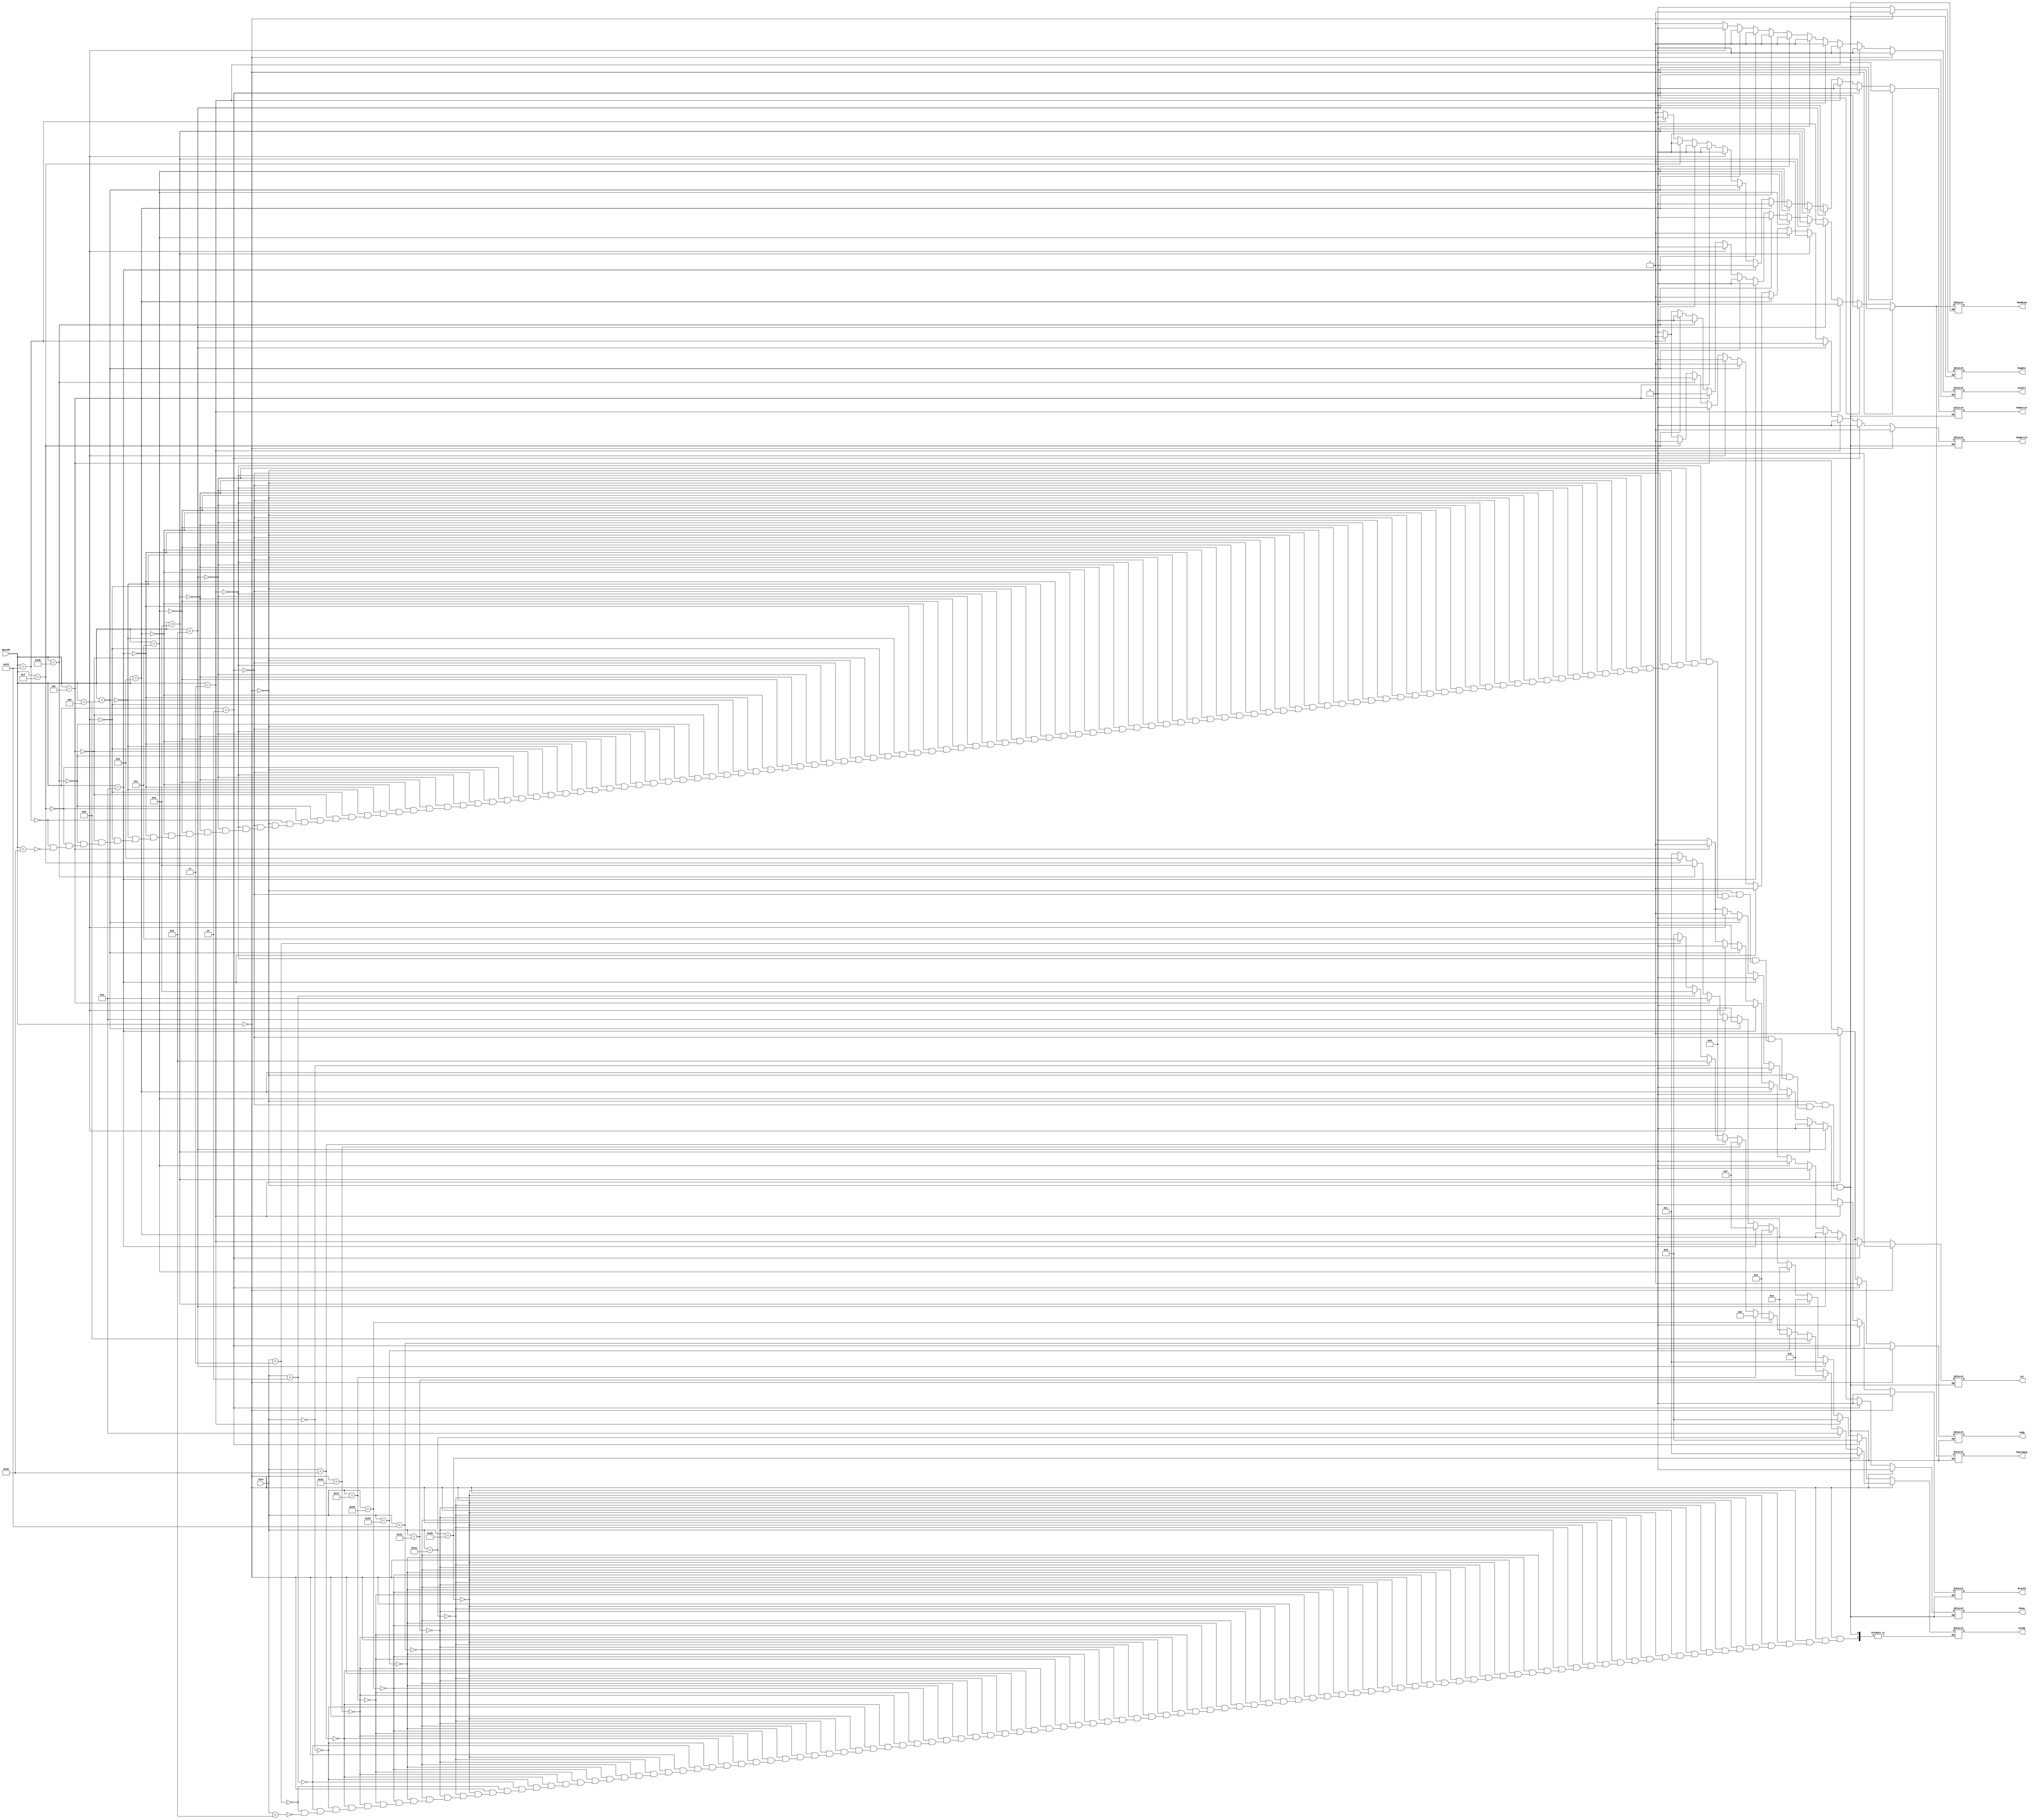
module main_control
(
	input [5:0] Opcode, func,
	output reg RegDst, RegWrite, MemRead, MemtoReg, MemWrite, ALUSrc, Branch, Jump, Jal, Bneq,
	output reg [3:0] ALUOp
);
	
// This module is used for generating control signals for different instructions performed by the processor  	
	
	always @ (*) begin
	
		// R-type 
		if (Opcode == 6'b000000) begin		
			RegDst = 1'b1;
			RegWrite = 1'b1;
			MemRead = 1'b0;
			MemtoReg = 1'b0;
			MemWrite = 1'b0;
			ALUSrc = 1'b0;
			Branch = 1'b0;
			Jump = 1'b0;
			Jal = 1'b0;
			Bneq = 1'b0;
				
			if (func == 6'b100000)
				ALUOp = 4'b0001; 
				// add 
			else if (func == 6'b100010)
				ALUOp = 4'b1010; 
				// sub
			else if (func == 6'b100001) 
				ALUOp = 4'b0010; 
				// addu
			else if (func == 6'b100011) 
				ALUOp = 4'b1011;
				// subu
			else if (func == 6'b100100)
				ALUOp = 4'b0011; 
				// and	
			else if (func == 6'b100101) 
				ALUOp = 4'b0100; 
				// or
			else if (func == 6'b100111) 
				ALUOp = 4'b0101; 
				// nor 
			else if (func == 6'b101010) 
				ALUOp = 4'b0111; 
				// slt
			else if (func == 6'b101011) 
				ALUOp = 4'b0110; 
				// sltu
			else if (func == 6'b000000)
				ALUOp = 4'b1000;  
				// sll
			else if (func == 6'b000010) 
				ALUOp = 4'b1001;  
				// srl	 
			else if (func == 6'b000011)
				ALUOp = 4'b1100;
				// sra
			else if (func == 6'b001000) 
				ALUOp = 4'b0000; 
				// jr
		end
		
		// Jump(J-type)
		else if (Opcode == 6'b000010) begin
			RegDst = 1'b0;
			RegWrite = 1'b0;
			MemRead = 1'b0;
			MemtoReg = 1'b0;
			MemWrite = 1'b0;
			ALUSrc = 1'b0;
			ALUOp = 4'b0000;
			Branch = 1'b0;
			Jump = 1'b1;
			Jal = 1'b0;
			Bneq = 1'b0;
		end
		
		// Jal (J-type)
		else if (Opcode == 6'b000011) begin
			RegDst = 1'b0;
			RegWrite = 1'b0;
			MemRead = 1'b0;
			MemtoReg = 1'b0;
			MemWrite = 1'b0;
			ALUSrc = 1'b0;
			ALUOp = 4'b0000;
			Branch = 1'b0;
			Jump = 1'b1;
			Jal = 1'b1;
			Bneq = 1'b0;
		end
		
		// I-Type Instructions
		
		// addi 
		else if (Opcode == 6'b001000) begin
			RegDst = 1'b0;
			RegWrite = 1'b1;
			MemRead = 1'b0;
			MemtoReg = 1'b0;
			MemWrite = 1'b0;
			ALUSrc = 1'b1;
			ALUOp = 4'b0001;
			Branch = 1'b0;
			Jump = 1'b0;
			Jal = 1'b0;
			Bneq = 1'b0;
		end
		
		// addiu 
		else if (Opcode == 6'b001001) begin
			RegDst = 1'b0;
			RegWrite = 1'b1;
			MemRead = 1'b0;
			MemtoReg = 1'b0;
			MemWrite = 1'b0;
			ALUSrc = 1'b1;
			ALUOp = 4'b0010;
			Branch = 1'b0;
			Jump = 1'b0;
			Jal = 1'b0;
			Bneq = 1'b0;
		end
		
		// andi 
		else if (Opcode == 6'b001100) begin
			RegDst = 1'b0;
			RegWrite = 1'b1;
			MemRead = 1'b0;
			MemtoReg = 1'b0;
			MemWrite = 1'b0;
			ALUSrc = 1'b1;
			ALUOp = 4'b0011;
			Branch = 1'b0;
			Jump = 1'b0;
			Jal = 1'b0;
			Bneq = 1'b0;			
		end
		
		// ori 
		else if (Opcode == 6'b001101) begin
			RegDst = 1'b0;
			RegWrite = 1'b1;
			MemRead = 1'b0;
			MemtoReg = 1'b0;
			MemWrite = 1'b0;
			ALUSrc = 1'b1;
			ALUOp = 4'b0100;
			Branch = 1'b0;
			Jump = 1'b0;
			Jal = 1'b0;
			Bneq = 1'b0;
		end
		
		// slti 
		else if (Opcode == 6'b001010) begin
			RegDst = 1'b0;
			RegWrite = 1'b1;
			MemRead = 1'b0;
			MemtoReg = 1'b0;
			MemWrite = 1'b0;
			ALUSrc = 1'b1;
			ALUOp = 4'b0111;
			Branch = 1'b0;
			Jump = 1'b0;
			Jal = 1'b0;
			Bneq = 1'b0;
		end
		
		// sltui 
		else if (Opcode == 6'b001011) begin
			RegDst = 1'b0;
			RegWrite = 1'b1;
			MemRead = 1'b0;
			MemtoReg = 1'b0;
			MemWrite = 1'b0;
			ALUSrc = 1'b1;
			ALUOp = 4'b0110;
			Branch = 1'b0;
			Jump = 1'b0;
			Jal = 1'b0;
			Bneq = 1'b0;
		end
		
		// beq
		else if (Opcode == 6'b000100) begin
			RegDst = 1'b0;
			RegWrite = 1'b0;
			MemRead = 1'b0;
			MemtoReg = 1'b0;
			MemWrite = 1'b0;
			ALUSrc = 1'b0;			
			ALUOp = 4'b1010;
			Branch = 1'b1;
			Jump = 1'b0;
			Jal = 1'b0;
			Bneq = 1'b0;			
		end
		
		// bneq 
		else if (Opcode == 6'b000101) begin
			RegDst = 1'b0;
			RegWrite = 1'b0;
			MemRead = 1'b0;
			MemtoReg = 1'b0;
			MemWrite = 1'b0;
			ALUSrc = 1'b1;
			ALUOp = 4'b1010;
			Branch = 1'b1;
			Jump = 1'b0;
			Jal = 1'b0;
			Bneq = 1'b1;
		end
		
		// ll
		else if (Opcode == 6'b110000) begin
			RegDst = 1'b0;
			RegWrite = 1'b1;
			MemRead = 1'b0;
			MemtoReg = 1'b0;
			MemWrite = 1'b0;
			ALUSrc = 1'b1;
			ALUOp = 4'b1001;
			Branch = 1'b0;
			Jump = 1'b0;
			Jal = 1'b0;
			Bneq = 1'b0;
		end
		
		// lui
		else if (Opcode == 6'b001111) begin
			RegDst = 1'b0;
			RegWrite = 1'b1;
			MemRead = 1'b0;
			MemtoReg = 1'b0;
			MemWrite = 1'b0;
			ALUSrc = 1'b1;
			ALUOp = 4'b1101;
			Branch = 1'b0;
			Jump = 1'b0;
			Jal = 1'b0;
			Bneq = 1'b0;
		end
		
		// lw 
		else if (Opcode == 6'b100011) begin
			RegDst = 1'b0;
			RegWrite = 1'b1;
			MemRead = 1'b1;
			MemtoReg = 1'b1;
			MemWrite = 1'b0;
			ALUSrc = 1'b1;
			ALUOp = 4'b0001;
			Branch = 1'b0;
			Jump = 1'b0;
			Jal = 1'b0;
			Bneq = 1'b0;
		end
		
		// sw
		else if (Opcode == 6'b101011) begin
			RegDst = 1'b0;
			RegWrite = 1'b0;
			MemRead = 1'b0;
			MemtoReg = 1'b0;
			MemWrite = 1'b1;
			ALUSrc = 1'b1;
			ALUOp = 4'b0001;
			Branch = 1'b0;
			Jump = 1'b0;
			Jal = 1'b0;
			Bneq = 1'b0;
		end
	end
endmodule